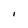
Character: I